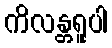
ကိလန္တရူပါ